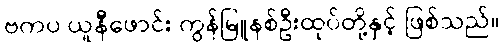
ဗကပ ယူနီဖောင်း ကွန်မြူနစ်ဦးထုပ်တို့နှင့် ဖြစ်သည်။